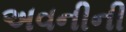
અવનીની